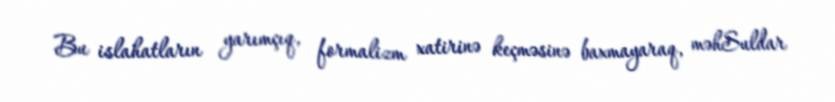
Bu islahatların yarımçıq, formalizm xatirinə keçməsinə baxmayaraq, məhSuldar